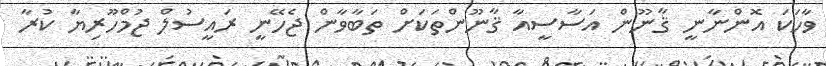
ވާހަކަ އޮންނާނީ ޤާނޫން އަސާސީއާ ޤާނޫންތަކަށް ތަބާވާން ޖެހޭނީ ރައީސުލް ޖުމްހޫރިޔާ ކުރާ